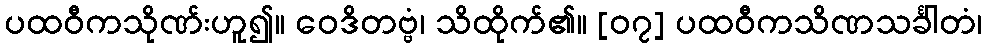
ပထဝီကသိုဏ်းဟူ၍။ ဝေဒိတဗ္ဗံ၊ သိထိုက်၏။ [၀၇] ပထဝီကသိဏသင်္ခါတံ၊